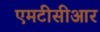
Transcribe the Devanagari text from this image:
एमटीसीआर